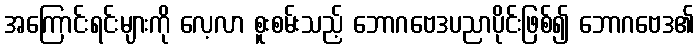
အကြောင်းရင်းများကို လေ့လာ စူးစမ်းသည့် ဘောဂဗေဒပညာပိုင်းဖြစ်၍ ဘောဂဗေဒ၏